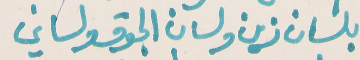
بلسان زين ولسان الجوق ولساني